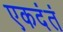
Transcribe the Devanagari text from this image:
एकदंतं